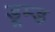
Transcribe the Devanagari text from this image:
डूम्ड